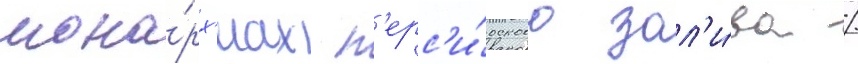
мона́рх'иах п'ерс'и́дского зал'и́ва /